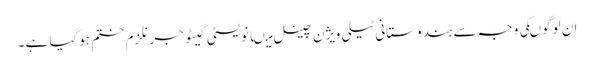
ان لوگوںکی وجہ سے ہندوستانی ٹیلی ویژن چینل میںانویسٹی گیٹو جرنلزم ختم ہوگیا ہے۔